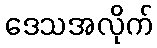
ဒေသအလိုက်